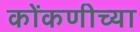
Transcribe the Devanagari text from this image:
कोंकणीच्या